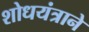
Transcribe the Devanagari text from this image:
शोधयंत्राने